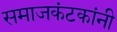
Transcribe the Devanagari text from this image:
समाजकंटकांनी